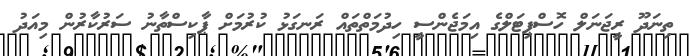
ތިނަދޫ ރީޖަނަލް ހޮސްޕިޓަލްގެ އިމަޖެންސީ ހިދުމަތްތައް ރަނގަޅު ކުރުމަށް ޕާކިސްތާނު ސަރުކާރުން މިއަދު